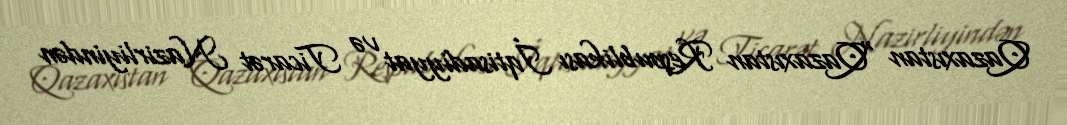
Qazaxıstan "Qazaxıstan Respublikası İqtisadiyyat və Ticarət Nazirliyindən